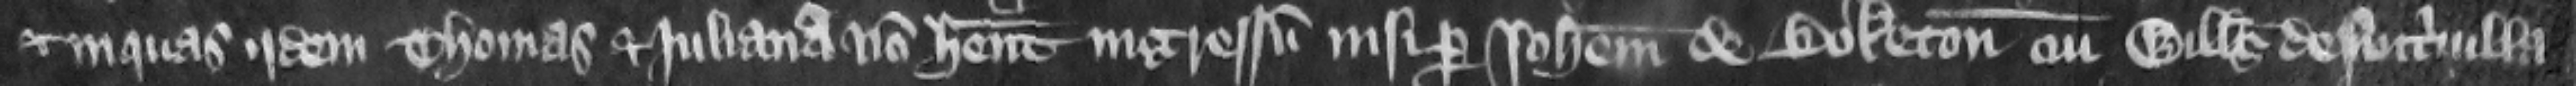
et in quas iidem Thomas et Juliana non habent ingressum nisi per Iohannem de Boketon cui Willelmus de Nutriuilla